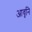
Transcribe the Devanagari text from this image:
आवृनि